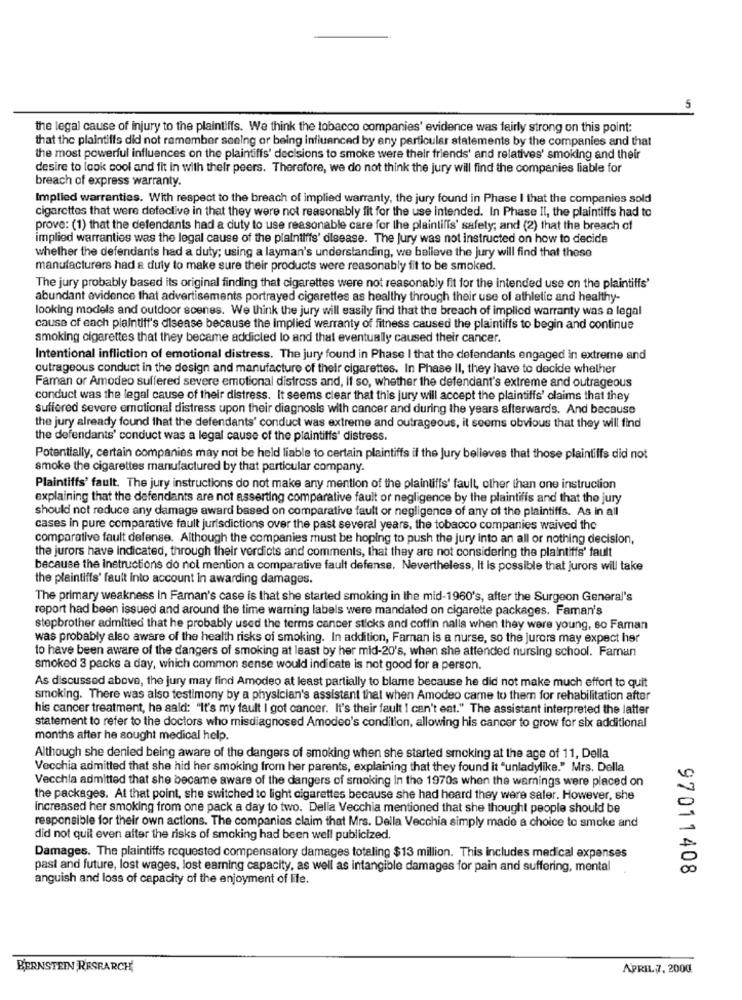
5
the legal cause of injury to the plaintiffs. We think the tobacco companies' evidence was fairly strong on this point:
that the plaintiffs did not remember seeing or being influenced by any particular statements by the companies and that
the most powerful influences on the plaintiffs' decisions to smoke were their friends' and relatives' smoking and their
desire to look cool and fit in with their peers. Therefore, we do not think the jury will find the companies liable for
breach of express warranty.
Implied warranties. With respect to the breach of implied warranty, the jury found in Phase I that the companies sold
cigarettes that were defective in that they were not reasonably fit for the use intended. In Phase Il, the plaintiffs had to
prove: (1) that the defendants had a duty to use reasonable care for the plaintiffs' safety; and (2) that the breach of
implied warranties was the legal cause of the plaintiffs' disease. The Jury was not instructed on how to decide
whether the defendants had a duty; using a layman's understanding, we believe the jury will find that these
manufacturers had a duly to make sure their products were reasonably fit to be smoked.
The jury probably based its original finding that cigarettes were not reasonably fit for the intended use on the plaintiffs'
abundant evidence that advertisements portrayed cigarettes as healthy through their use of athletic and healthy-
looking models and outdoor scenes. We think the jury will easily find that the breach of implied warranty was a legal
cause of each plaintiff's disease because the implied warranty of fitness caused the plaintiffs to begin and continue
smoking olgarettes that they became addicted lo and that eventually caused their cancer.
Intentional infliction of emotional distress. The jury found in Phase I that the defendants engaged in extreme and
outrageous conduct in the design and manufacture of their cigarettes. In Phase II, they have to decide whether
Faman or Amodeo suffered severe emotional distress and, If so, whether the defendant's extreme and outrageous
conduct was the legal cause of their distress. It seems clear that this jury will accept the plaintiffs' claims that they
suffered severe emotional distress upon their diagnosis with cancer and during the years afterwards. And because
the jury already found that the defendants' conduct was extreme and outrageous, it seems obvious that they will find
the defendants' conduct was a legal cause of the plaintiffs' distress.
Potentially, certain companies may not be held liable to certain plaintiffs if the Jury believes that those plaintiffs did not
smoke the cigarettes manufactured by that particular company.
Plaintiffs' fault. The jury instructions do not make any mention of the plaintiffs' fault, other than one instruction
explaining that the defendants are not asserting comparative fault or negligence by the plaintiffs and that the jury
should not reduce any damage award based on comparative fault or negligence of any of the plaintiffs. As in all
cases in pure comparative fault jurisdictions over the past several years, the tobacco companies waived the
comparative fault defense. Although the companies must be hoping to push the jury into an all or nothing decision,
the jurors have indicated, through their verdicts and comments, that they are not considering the plaintiffs' fault
because the instructions do not mention a comparative fault defense. Nevertheless, It is possible that jurors will take
the plaintiffs' fault into account In awarding damages.
The primary weakness In Faman's case is that she started smoking in the mid-1960's, after the Surgeon General's
report had been issued and around the time warning labels were mandated on cigarette packages. Faman's
stepbrother admitted that he probably used the terms cancer sticks and coffin nalls when they were young, so Faman
was probably also aware of the health risks of smoking. In addition, Farnan is a nurse, so the jurors may expect her
to have been aware of the dangers of smoking at least by her mid-20's, when she attended nursing school. Faman
smoked 3 packs a day, which common sense would indicate is not good for a person.
As discussed above, the jury may find Amodeo at least partially to blame because he did not make much effort to quit
smoking. There was also testimony by a physician's assistant that when Amodeo came to them for rehabilitation after
his cancer treatment, he said: "It's my fault I got cancer. It's their fault I can't eat." The assistant interpreted the latter
statement to refer to the doctors who misdiagnosed Amodeo's condition, allowing his cancer to grow for six additional
months after he sought medical help.
Although she denied being aware of the dangers of smoking when she started smoking at the age of 11, Della
Vecchia admitted that she hid her smoking from her parents, explaining that they found it "unladylike." Mrs. Della
Vecchia admitted that she became aware of the dangers of smoking In the 1970s when the warnings were placed on
the packages. At that point, she switched to light cigarettes because she had heard they were saler. However, she
Increased her smoking from one pack a day to two. Della Vecchia mentioned that she thought people should be
responsible for their own actions. The companies claim that Mrs. Della Vecchia simply made a choice to smoke and
did not quil even after the risks of smoking had been well publicized.
Damages. The plaintiffs requested compensatory damages totaling $13 million. This includes medical expenses
past and future, lost wages, lost earning capacity, as well as intangible damages for pain and suffering, menta
97011408
anguish and loss of capacity of the enjoyment of life.
BERNSTEIN RESEARCH
APRIL 7, 2000.